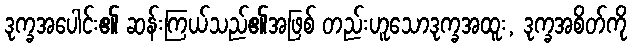
ဒုက္ခအပေါင်း၏ ဆန်းကြယ်သည်၏အဖြစ် တည်းဟူသောဒုက္ခအထူး, ဒုက္ခအစိတ်ကို